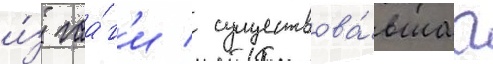
и́з гаа́г'и / существова́вшаа